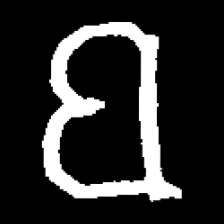
Pyu character \u2014 Myanmar letter: ဗ (romanized: ba)